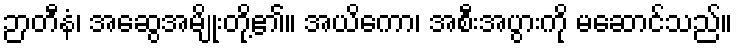
ဉာတီနံ၊ အဆွေအမျိုးတို့၏။ အယိကော၊ အစီးအပွားကို မဆောင်သည်။